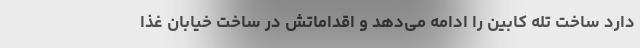
دارد ساخت تله ‌کابین را ادامه می‌دهد و اقداماتش در ساخت خیابان غذا